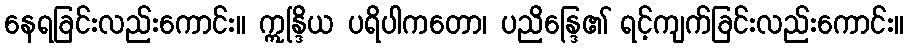
နေရခြင်းလည်းကောင်း။ ဣန္ဒြိယ ပရိပါကတော၊ ပညိန္ဒြေ၏ ရင့်ကျက်ခြင်းလည်းကောင်း။